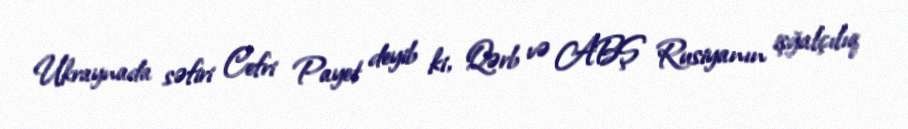
Ukraynada səfiri Cefri Payet deyib ki, Qərb və ABŞ Rusiyanın işğalçılıq